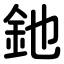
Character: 釶